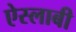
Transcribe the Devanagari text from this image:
ऐस्लाबी